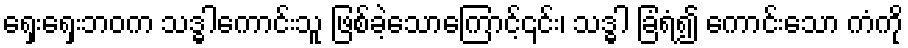
ရှေးရှေးဘဝက သဒ္ဓါကောင်းသူ ဖြစ်ခဲ့သောကြောင့်၎င်း၊ သဒ္ဓါ ခြံရံ၍ ကောင်းသော ကံကို